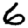
Digit: 6